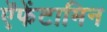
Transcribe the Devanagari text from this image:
ऐंफेंटामिन